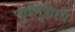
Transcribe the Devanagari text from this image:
पूर्वमुच्चार्य